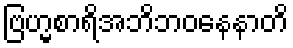
ဗြဟ္မစာရိအဘိဘဝနေနာတိ